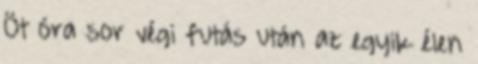
Öt óra sor végi futás után az egyik élen